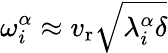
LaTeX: \omega_{i}^{\alpha}\approx v_{\mathrm{r}}\sqrt{\lambda_{i}^{\alpha}\delta}